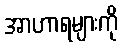
အာဟာရများကို